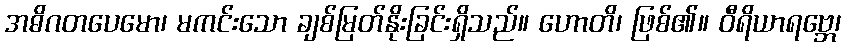
အဓိဂတပေမော၊ မကင်းသော ချစ်မြတ်နိုးခြင်းရှိသည်။ ဟောတိ၊ ဖြစ်၏။ ဝီရိယာရဗ္ဘေ၊